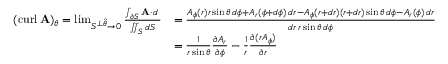
{ \begin{array} { r l } { ( \operatorname { c u r l } \mathbf { A } ) _ { \theta } = \operatorname* { l i m } _ { S ^ { \perp { \boldsymbol { \hat { \theta } } } } \to 0 } { \frac { \int _ { \partial S } \mathbf { A } \cdot d \mathbf { \ell } } { \iint _ { S } d S } } } & { = { \frac { A _ { \phi } ( r ) r \sin \theta \, d \phi + A _ { r } ( \phi + d \phi ) \, d r - A _ { \phi } ( r + d r ) ( r + d r ) \sin \theta \, d \phi - A _ { r } ( \phi ) \, d r } { d r \, r \sin \theta \, d \phi } } } \\ & { = { \frac { 1 } { r \sin \theta } } { \frac { \partial A _ { r } } { \partial \phi } } - { \frac { 1 } { r } } { \frac { \partial ( r A _ { \phi } ) } { \partial r } } } \end{array} }